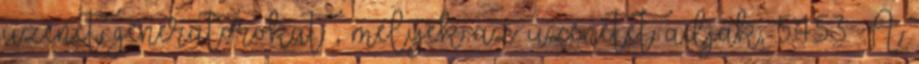
üzenet generátorokat , melyek az üzenetet adják, 5.4.5.3. A